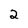
Character: 2